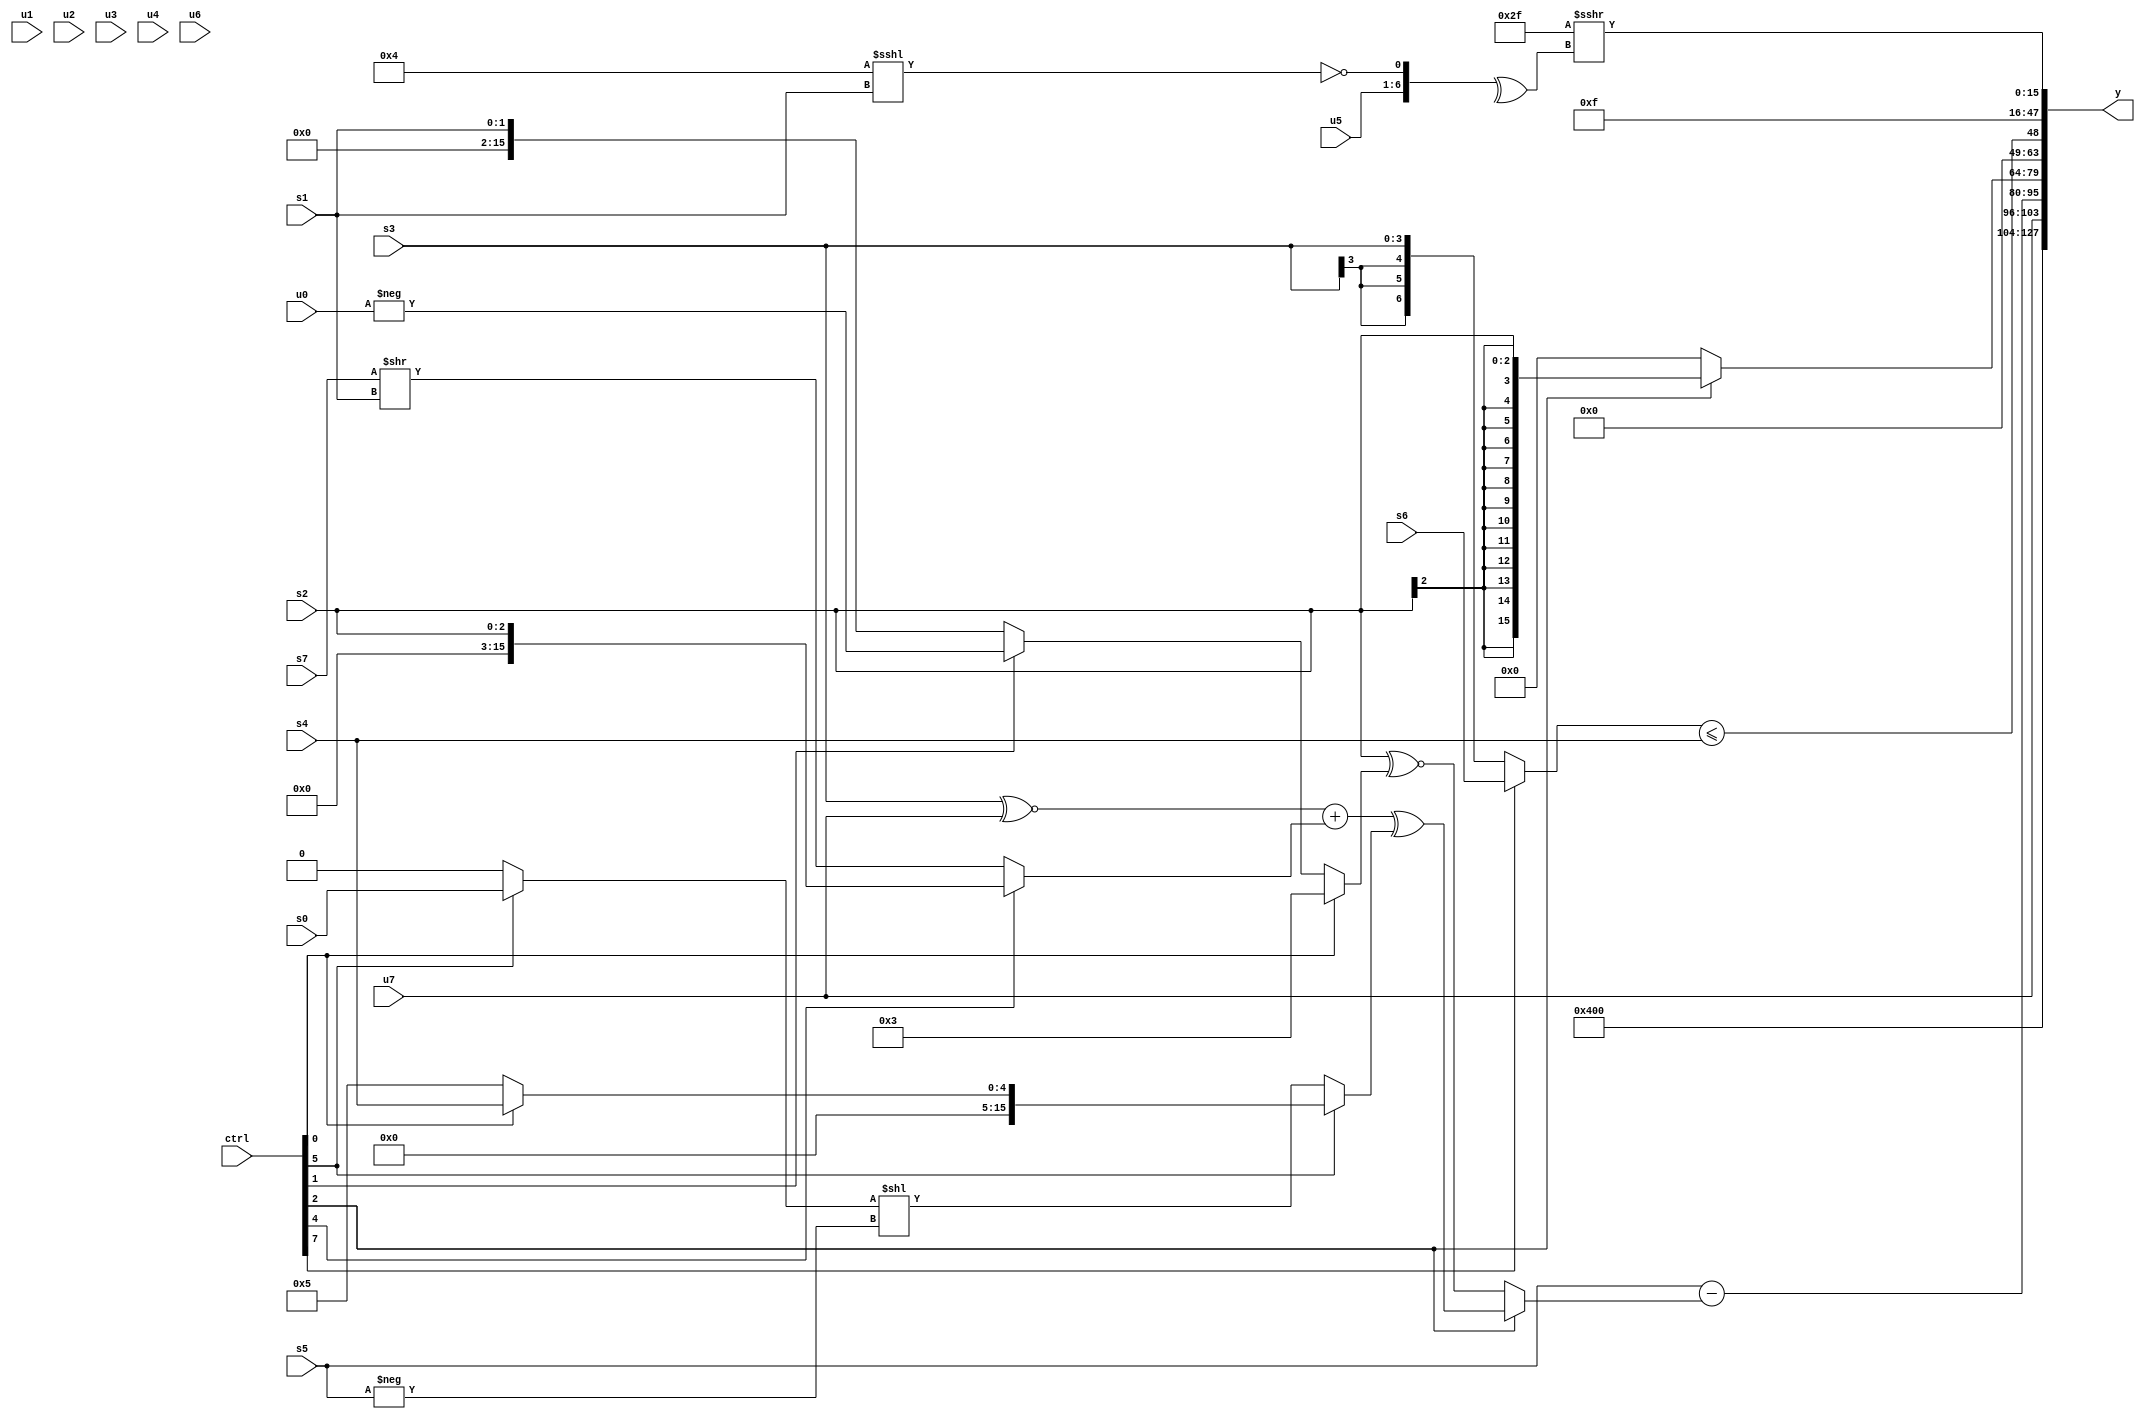
module wideexpr_00300(ctrl, u0, u1, u2, u3, u4, u5, u6, u7, s0, s1, s2, s3, s4, s5, s6, s7, y);
  input [7:0] ctrl;
  input [0:0] u0;
  input [1:0] u1;
  input [2:0] u2;
  input [3:0] u3;
  input [4:0] u4;
  input [5:0] u5;
  input [6:0] u6;
  input [7:0] u7;
  input signed [0:0] s0;
  input signed [1:0] s1;
  input signed [2:0] s2;
  input signed [3:0] s3;
  input signed [4:0] s4;
  input signed [5:0] s5;
  input signed [6:0] s6;
  input signed [7:0] s7;
  output [127:0] y;
  wire [15:0] y0;
  wire [15:0] y1;
  wire [15:0] y2;
  wire [15:0] y3;
  wire [15:0] y4;
  wire [15:0] y5;
  wire [15:0] y6;
  wire [15:0] y7;
  assign y = {y0,y1,y2,y3,y4,y5,y6,y7};
  assign y0 = 5'b00100;
  assign y1 = u7;
  assign y2 = (s5)-((ctrl[2]?((($signed(s3))^~(+(u7)))+((ctrl[4]?s2:(s7)>>(s1))))^((ctrl[5]?(ctrl[0]?+(s4):3'sb101):((ctrl[5]?s0:2'sb00))<<(-(s5)))):(s2)^~((ctrl[0]?(ctrl[0]?$signed(2'b11):s6):(ctrl[1]?-(u0):s1)))));
  assign y3 = (ctrl[2]?s2:($signed((ctrl[4]?-((ctrl[6]?s2:4'b1010)):$signed((ctrl[4]?u1:u0)))))<<({3{$signed(-($unsigned(5'sb01101)))}}));
  assign y4 = ((ctrl[7]?s6:s3))<=(s4);
  assign y5 = 2'sb00;
  assign y6 = $unsigned($signed(6'sb001111));
  assign y7 = (6'sb101111)>>>(^($unsigned({u5,!((5'sb00100)<<<(s1))})));
endmodule